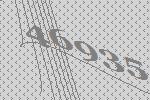
46935